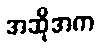
အဆိုအက